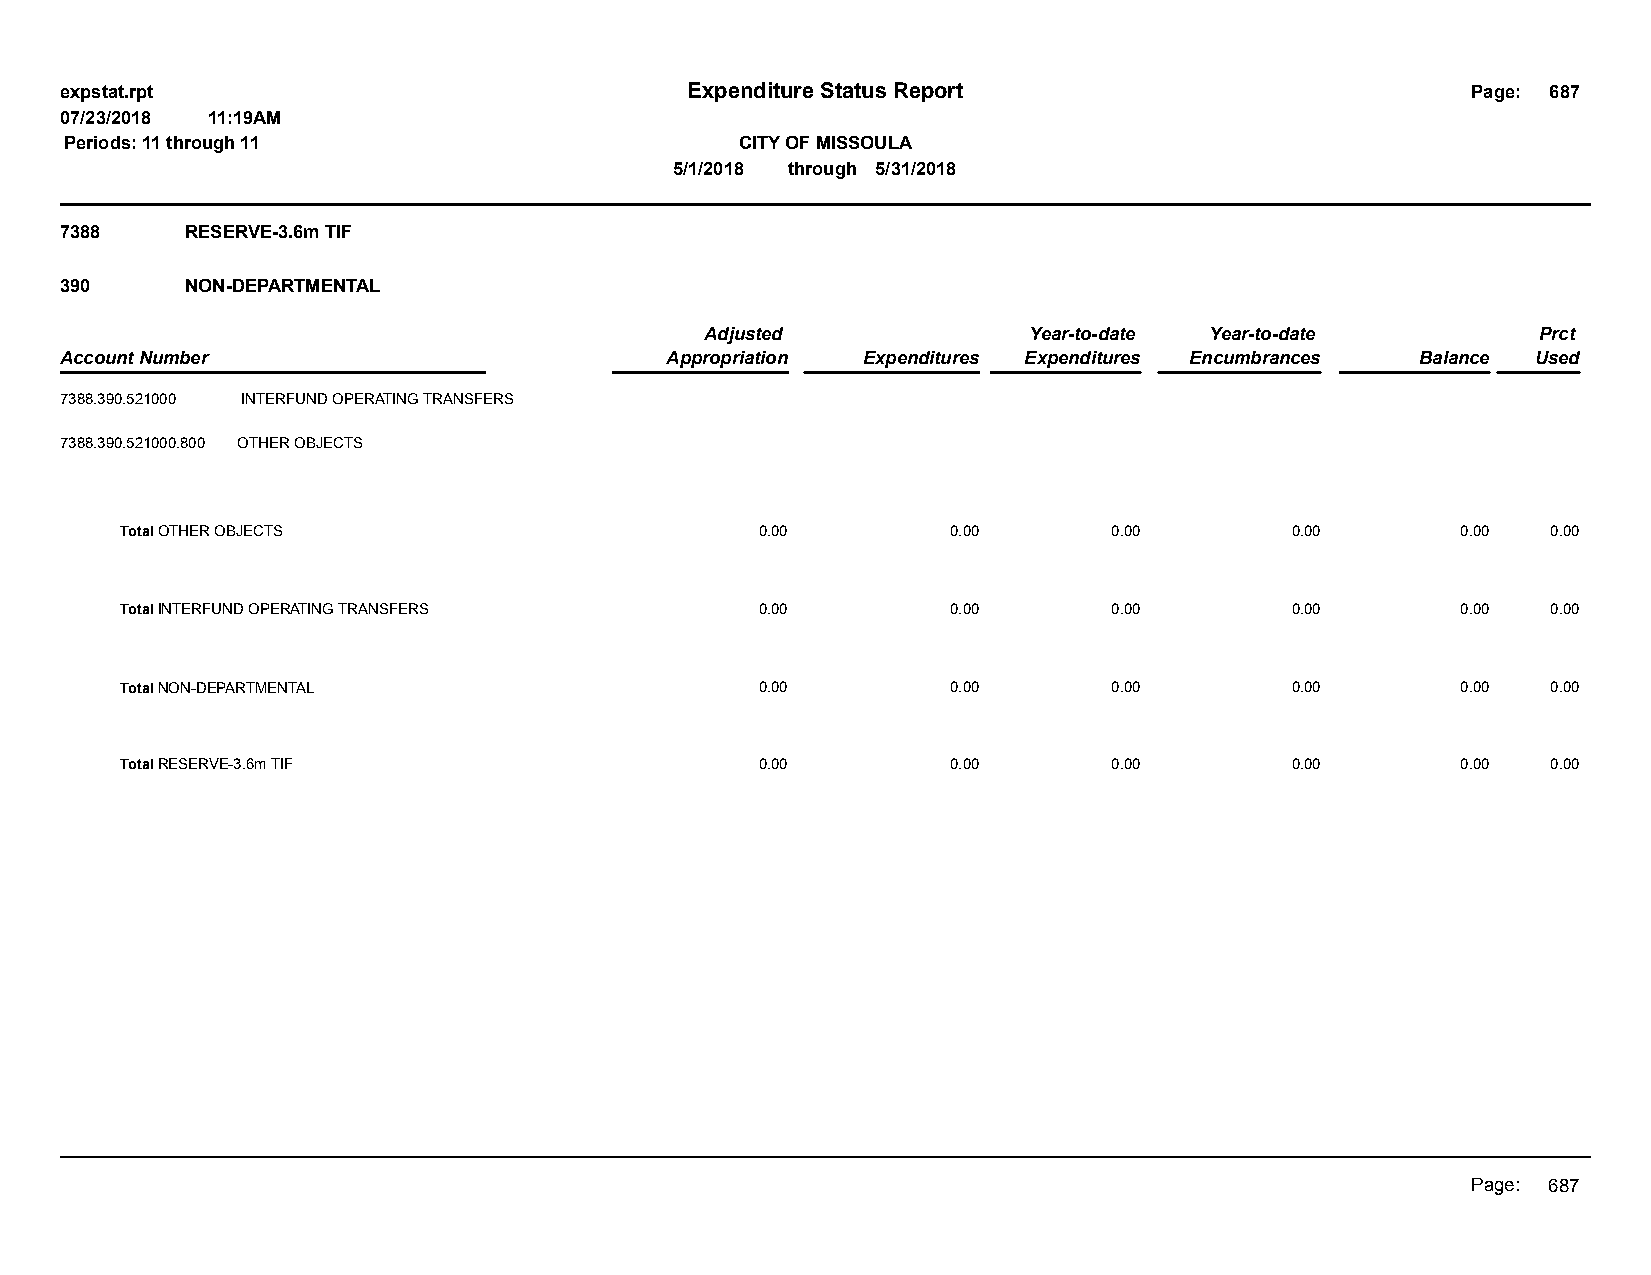
expstat.rpt                              Expenditure Status Report                           Page: 687
 07/23/2018 11:19AM
 Periods: 11 through 11                       CITY OF MISSOULA
 5/1/2018 through 5/31/2018
 7388    RESERVE-3.6m TIF
 390     NON-DEPARTMENTAL
 Adjusted             Year-to-date Year-to-date         Prct
 Account Number                          Appropriation Expenditures Expenditures Encumbrances Balance Used
 7388.390.521000 INTERFUND OPERATING TRANSFERS
 7388.390.521000.800 OTHER OBJECTS
 Total OTHER OBJECTS                       0.00         0.00       0.00       0.00        0.00  0.00
 Total INTERFUND OPERATING TRANSFERS       0.00         0.00       0.00       0.00        0.00  0.00
 Total NON-DEPARTMENTAL                    0.00         0.00       0.00       0.00        0.00  0.00
 Total RESERVE-3.6m TIF                    0.00         0.00       0.00       0.00        0.00  0.00
 Page: 687